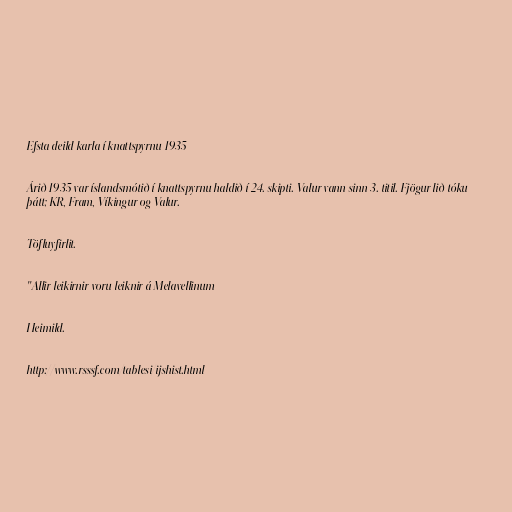
Efsta deild karla í knattspyrnu 1935

Árið 1935 var íslandsmótið í knattspyrnu haldið í 24. skipti. Valur vann sinn 3. titil. Fjögur lið tóku
þátt; KR, Fram, Víkingur og Valur.

Töfluyfirlit.

"Allir leikirnir voru leiknir á Melavellinum

Heimild.

http://www.rsssf.com/tablesi/ijshist.html